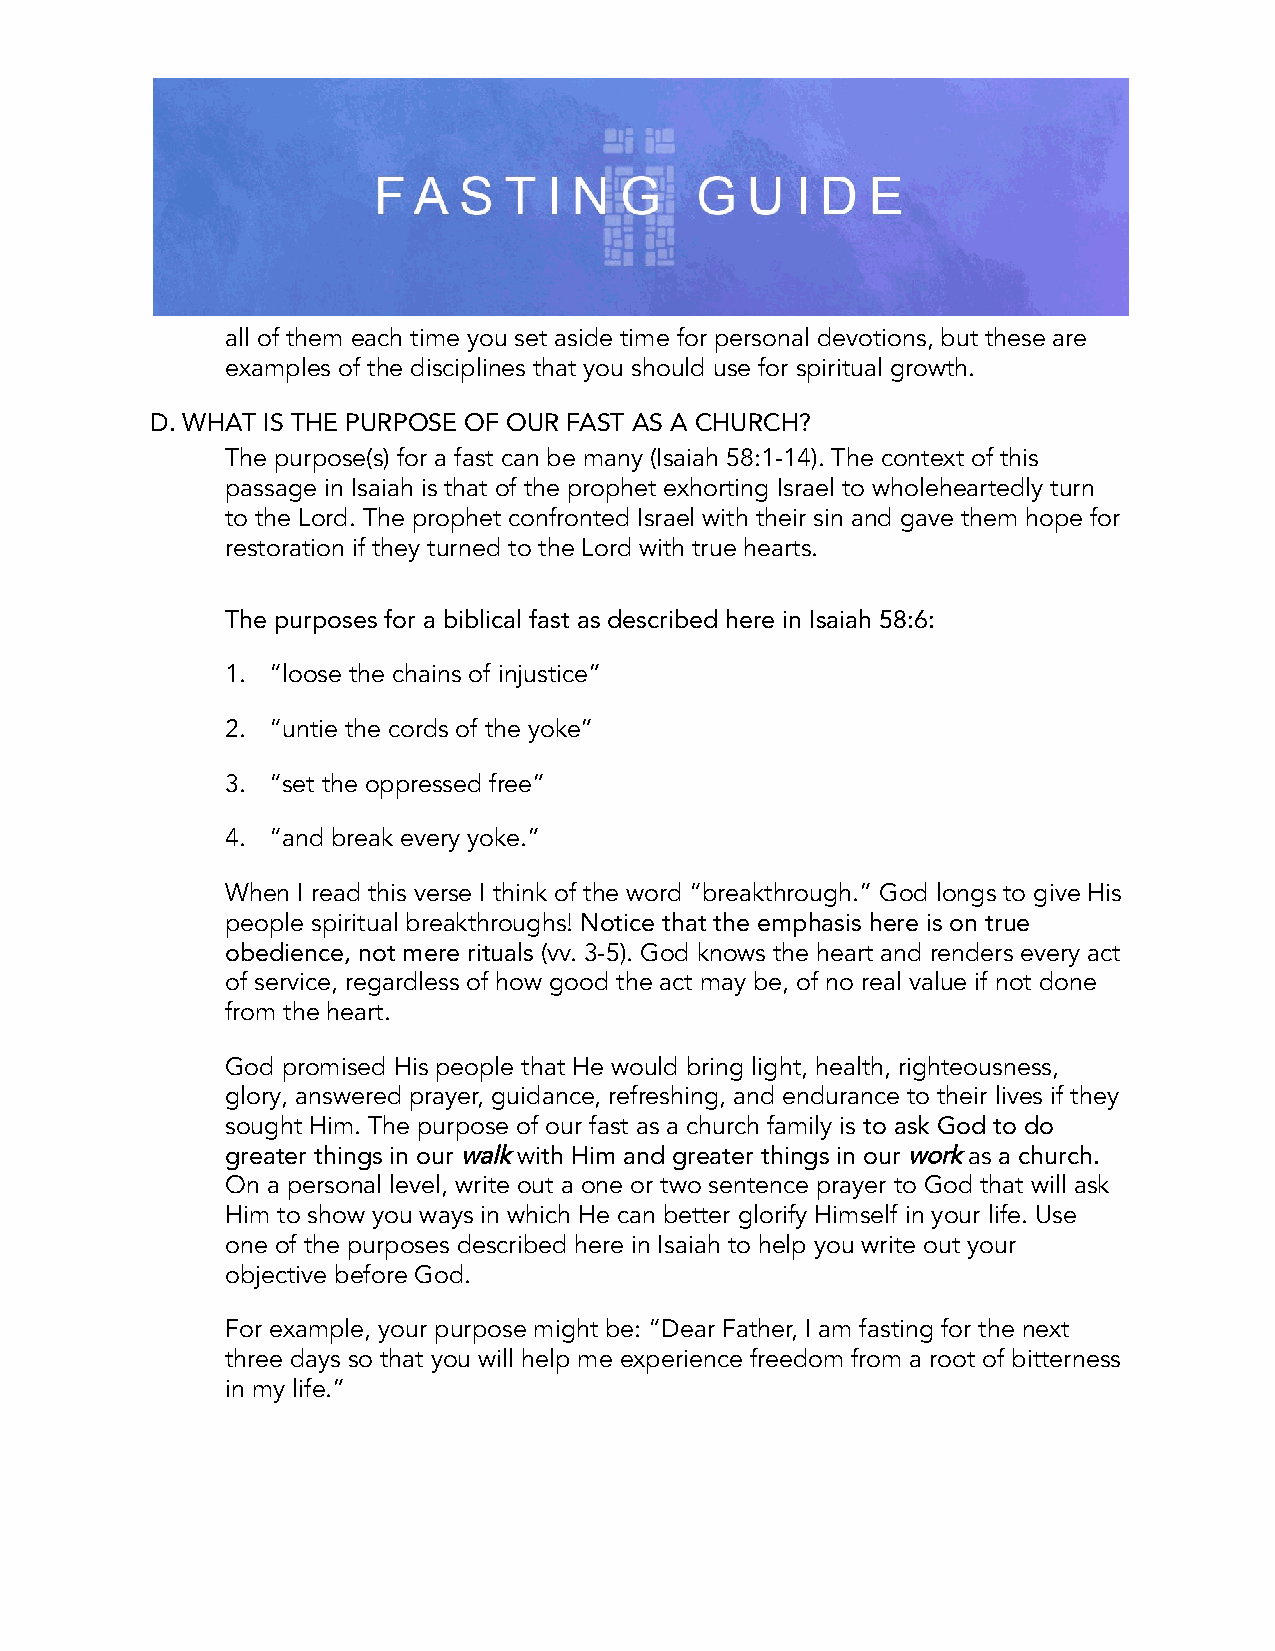
all of them each time you set aside time for personal devotions, but these are
 examples of the disciplines that you should use for spiritual growth.
 D. WHAT IS THE PURPOSE OF OUR FAST AS A CHURCH?
 The purpose(s) for a fast can be many (Isaiah 58:1-14). The context of this
 passage in Isaiah is that of the prophet exhorting Israel to wholeheartedly turn
 to the Lord. The prophet confronted Israel with their sin and gave them hope for
 restoration if they turned to the Lord with true hearts.
 The purposes for a biblical fast as described here in Isaiah 58:6:
 1. “loose the chains of injustice”
 2. “untie the cords of the yoke”
 3. “set the oppressed free”
 4. “and break every yoke.”
 When I read this verse I think of the word “breakthrough.” God longs to give His
 people spiritual breakthroughs! Notice that the emphasis here is on true
 obedience, not mere rituals (vv. 3-5). God knows the heart and renders every act
 of service, regardless of how good the act may be, of no real value if not done
 from the heart.
 God promised His people that He would bring light, health, righteousness,
 glory, answered prayer, guidance, refreshing, and endurance to their lives if they
 sought Him. The purpose of our fast as a church family is to ask God to do
 greater things in ourwalkwith Him and greater things in ourworkas a church.
 On a personal level, write out a one or two sentence prayer to God that will ask
 Him to show you ways in which He can better glorify Himself in your life. Use
 one of the purposes described here in Isaiah to help you write out your
 objective before God.
 For example, your purpose might be: “Dear Father, I am fasting for the next
 three days so that you will help me experience freedom from a root of bitterness
 in my life.”